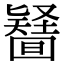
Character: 𠤪